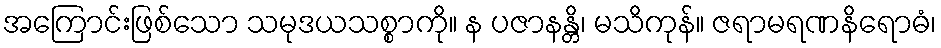
အကြောင်းဖြစ်သော သမုဒယသစ္စာကို။ န ပဇာနန္တိ၊ မသိကုန်။ ဇရာမရဏနိရောဓံ၊